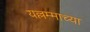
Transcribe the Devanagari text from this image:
यल्लम्माच्या